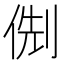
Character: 𠊏